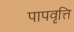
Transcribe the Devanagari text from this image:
पापवृत्ति